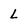
Character: l